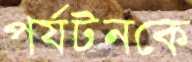
পর্যটনকে